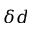
\delta d